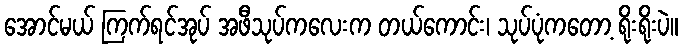
အောင်မယ် ကြက်ရင်အုပ် အဖီသုပ်ကလေးက တယ်ကောင်း၊ သုပ်ပုံကတော့ ရိုးရိုးပဲ။